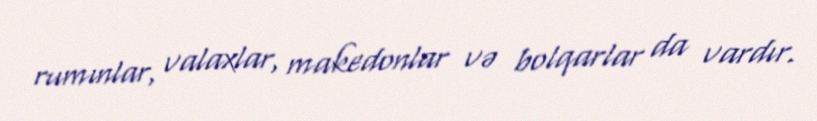
rumınlar, valaxlar, makedonlar və bolqarlar da vardır.